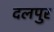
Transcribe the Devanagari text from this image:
दलपुर